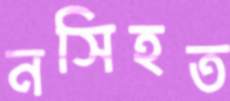
নসিহত